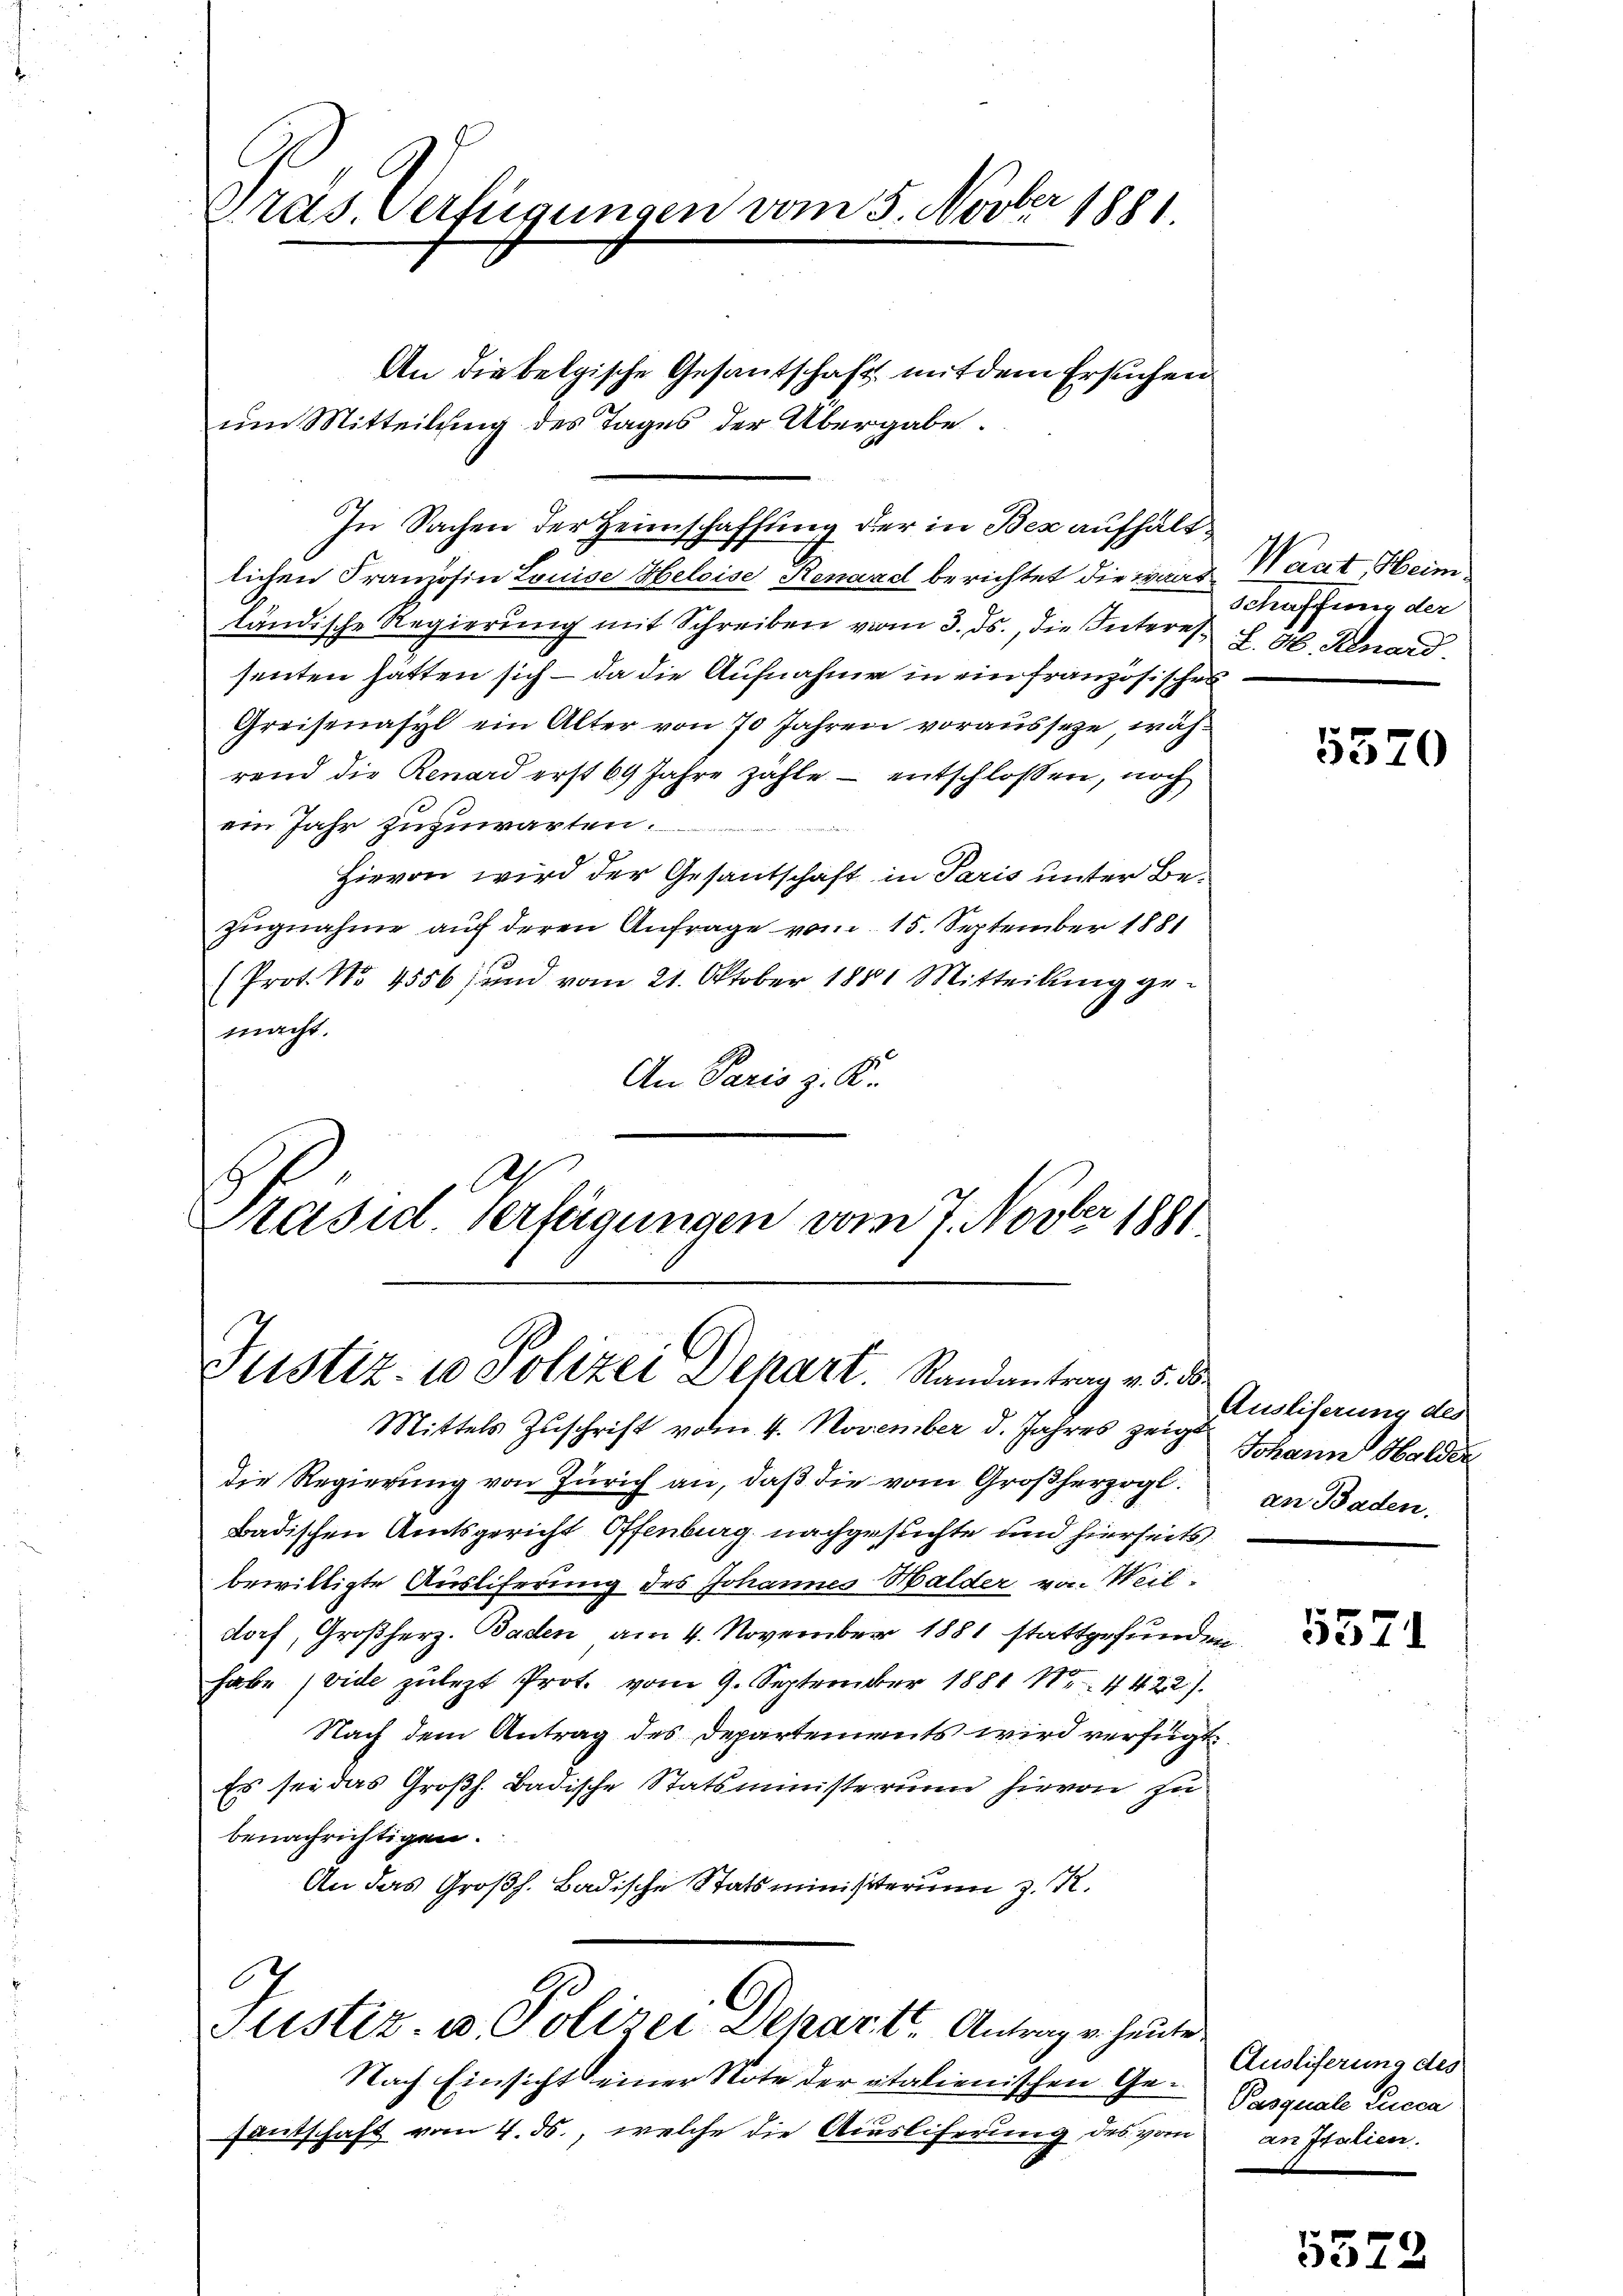
Präs. Verfügungen vom 5. Novber 1881.

An die belgische Gesantschaft mit dem Ersuchen
um Mitteilung des Tages der Übergabe.
In Sachen der Heimschaffung der in Bex aufhältlichen Französin Louise Heloise Renard berichtet die wandländische Regierung mit Schreiben vom 3. ds., die Interes J. H. Knard
senten hätten sich – da die Aufnahme in ein französischen
Greisenasyl ein Alter von 70 Jahren vorausseze, während die Renard erst 69 Jahre zähle - entschlossen, noch
ein Jahr zuzuwarten.
Hievon wird der Gesandschaft in Paris unter Bezugnahme auf deren Anfrage vom 15. September 1881
(Prot. No. 4556 und vom 21. Oktober 1881 Mitteilung gemacht.
An Paris z. K.
Ah.
Präsid verfügungen vom 7. Novber 1881.

Justiz- 10 Polizei Depart. Randantrag v. 5. 8.

.

"
Plistiz- u. Polizei Depart Antrag u. heute

Nach Einsicht einer Note der italienischen Ge¬
Gautschaft vom 4. ds., welche die Ausliferung des vom

Mittels Zŭschrift vom 4. November d. Jahres zeigt Johann Halde
die Regierung von Zürich an, daß die vom Großherzogl.
Badischen Amtsgericht Offenburg nachgesuchte und hierseits
bewilligte Ausliferung des Johannes Walder von Weil
dorf, Großherz. Baden am 4. November 1881 stattgefunden.
habe (vide zulezt Prot. vom 9. September 1881 Nr. 4422).
Nach dem Antrag des Departements wird verfügt:
Es sei das Großh. Badische Statsministerium hievon zu
benachrichtigen.
An das Großh. Badische Statsministerium z. K.

Waat, Heini¬
Schaffung der

5570

Ausliserung des
an Baden.

5571

s
Ausliferung des
Pasquale Lucca
an Italien.

5372